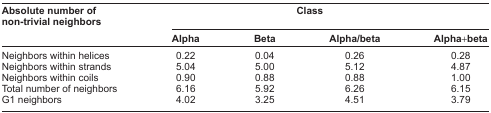
<table><thead><tr><td><b>Absolute number of non-trivial neighbors</b></td><td colspan="4"><b>Class</b></td></tr><tr><td></td><td><b>Alpha</b></td><td><b>Beta</b></td><td><b>Alpha/beta</b></td><td><b>Alpha+beta</b></td></tr></thead><tbody><tr><td>Neighbors within helices</td><td>0.22</td><td>0.04</td><td>0.26</td><td>0.28</td></tr><tr><td>Neighbors within strands</td><td>5.04</td><td>5.00</td><td>5.12</td><td>4.87</td></tr><tr><td>Neighbors within coils</td><td>0.90</td><td>0.88</td><td>0.88</td><td>1.00</td></tr><tr><td>Total number of neighbors</td><td>6.16</td><td>5.92</td><td>6.26</td><td>6.15</td></tr><tr><td>G1 neighbors</td><td>4.02</td><td>3.25</td><td>4.51</td><td>3.79</td></tr></tbody></table>